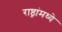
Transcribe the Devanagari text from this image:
राष्ठ्रांमध्ये